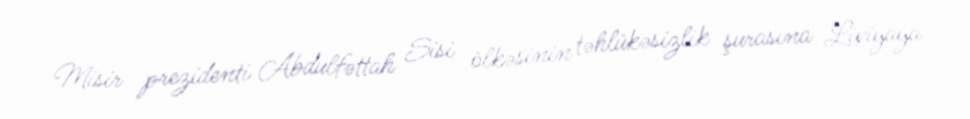
Misir prezidenti Abdulfəttah Sisi ölkəsinin təhlükəsizlik şurasına Liviyaya